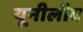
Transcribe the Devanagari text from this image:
यूनीलीव